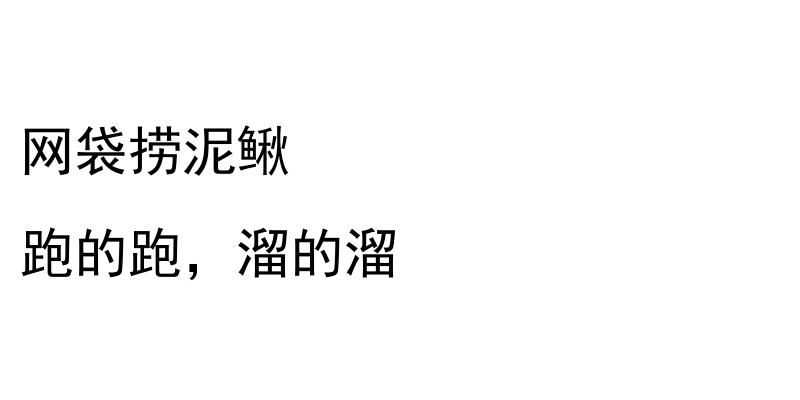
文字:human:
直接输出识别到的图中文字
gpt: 网袋捞泥鳅 跑的跑，溜的溜